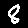
Digit: 8